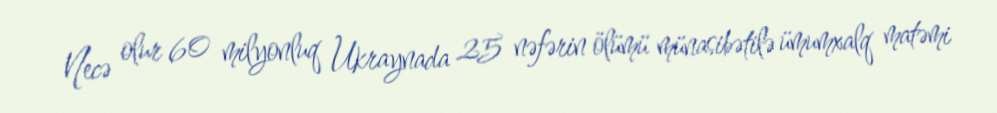
Necə olur 60 milyonluq Ukraynada 25 nəfərin ölümü münasibətilə ümumxalq matəmi